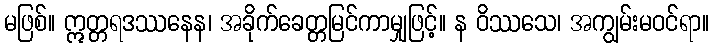
မဖြစ်။ ဣတ္တရဒဿနေန၊ အခိုက်ခေတ္တမြင်ကာမျှဖြင့်။ န ဝိဿသေ၊ အကျွမ်းမဝင်ရာ။